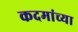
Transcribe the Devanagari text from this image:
कदमांच्या